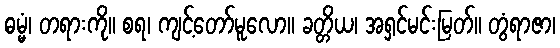
ဓမ္မံ၊ တရားကို။ စရ၊ ကျင့်တော်မူလော။ ခတ္တိယ၊ အရှင်မင်းမြတ်။ တွံရာဇာ၊